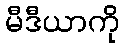
မီဒီယာကို